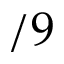
/ 9